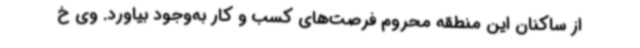
از ساکنان این منطقه محروم فرصت‌های کسب و کار به‌وجود بیاورد. وی خ